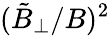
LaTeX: (\tilde{B}_{\perp}/B)^{2}